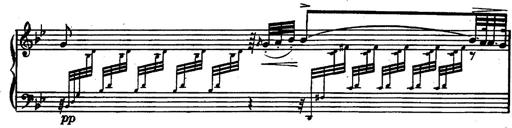
Title: Magyar rapszÃ³diÃ¡k
Composer: Franz Liszt